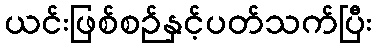
ယင်းဖြစ်စဉ်နှင့်ပတ်သက်ပြီး